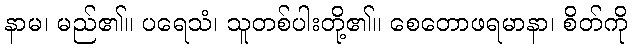
နာမ၊ မည်၏။ ပရေသံ၊ သူတစ်ပါးတို့၏။ စေတောဖရမာနာ၊ စိတ်ကို